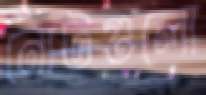
নোটগুলো